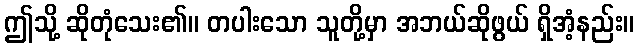
ဤသို့ ဆိုတုံသေး၏။ တပါးသော သူတို့မှာ အဘယ်ဆိုဖွယ် ရှိအံ့နည်း။